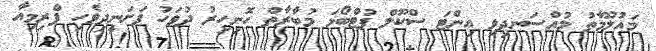
މައުލޫމާތު މުއްސަނދިވި އިންޓަ ސްކޫލް ފުޓްބޯޅަ މުބާރާތް ހޮނިހިރު ދުވަހު ފަށަނީދިވެހި ޕްރިމިއާ